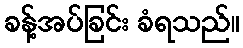
ခန့်အပ်ခြင်း ခံရသည်။